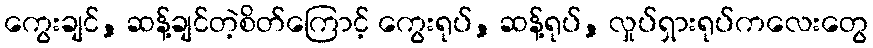
ကွေးချင်, ဆန့်ချင်တဲ့စိတ်ကြောင့် ကွေးရုပ်, ဆန့်ရုပ်, လှုပ်ရှားရုပ်ကလေးတွေ